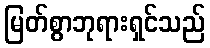
မြတ်စွာဘုရားရှင်သည်